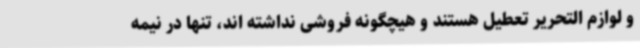
و لوازم التحریر تعطیل هستند و هیچگونه فروشی نداشته اند، تنها در نیمه